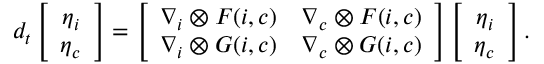
d _ { t } \left[ \begin{array} { c } { \boldsymbol { \eta } _ { i } } \\ { \boldsymbol { \eta } _ { c } } \end{array} \right] = \left[ \begin{array} { c c } { \boldsymbol { \nabla } _ { \boldsymbol { i } } \otimes \boldsymbol { F } ( { \boldsymbol { i } } , { \boldsymbol { c } } ) } & { \boldsymbol { \nabla } _ { \boldsymbol { c } } \otimes \boldsymbol { F } ( { \boldsymbol { i } } , { \boldsymbol { c } } ) } \\ { \boldsymbol { \nabla } _ { \boldsymbol { i } } \otimes \boldsymbol { G } ( { \boldsymbol { i } } , { \boldsymbol { c } } ) } & { \boldsymbol { \nabla } _ { \boldsymbol { c } } \otimes \boldsymbol { G } ( { \boldsymbol { i } } , { \boldsymbol { c } } ) } \end{array} \right] \left[ \begin{array} { c } { \boldsymbol { \eta } _ { \boldsymbol { i } } } \\ { \boldsymbol { \eta } _ { \boldsymbol { c } } } \end{array} \right] .